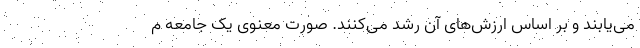
می‌یابند و بر اساس ارزش‌های آن رشد می‌کنند. صورت معنوی یک جامعه م